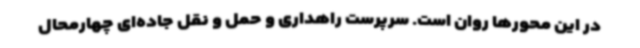
در این محورها روان است. سرپرست راهداری و حمل و نقل جاده‌ای چهارمحال